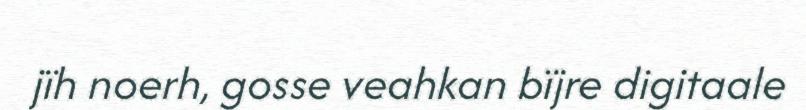
jïh noerh, gosse veahkan bïjre digitaale